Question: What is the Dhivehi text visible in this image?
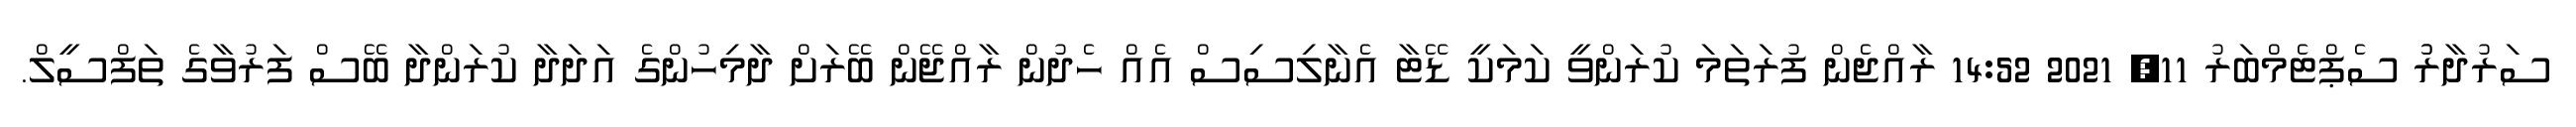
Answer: ސަރުދާރުު ސެޕްޓެމްބަރު 11, 2021 14:52 ރާއްޖެން ފުރަތަމަ ކުރަންވީ ކަމަކީ ޑޭޓާ އެނާލިސިސް އެއް ހެދުން ރާއްޖޭން ބޭރަށް ދާމިހުންގެ އަދަދާ ކުރަންދާ ބޭސް ފަރުވާގެ ތަފްސީލް.